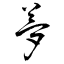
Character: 夢